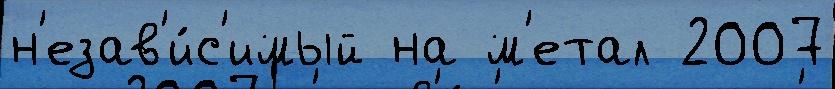
н'езав'и́с'имый на м'етал 2007